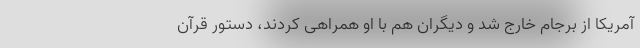
آمریکا از برجام خارج شد و دیگران هم با او همراهی کردند، دستور قرآن